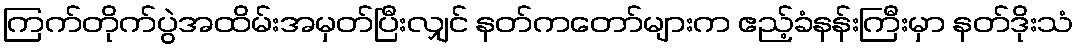
ကြက်တိုက်ပွဲအထိမ်းအမှတ်ပြီးလျှင် နတ်ကတော်များက ဧည့်ခံနန်းကြီးမှာ နတ်ဒိုးသံ